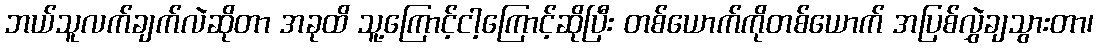
ဘယ်သူလက်ချက်လဲဆိုတာ အခုထိ သူ့ကြောင့်ငါ့ကြောင့်ဆိုပြီး တစ်ယောက်ကိုတစ်ယောက် အပြစ်လွှဲချသွားတာ၊